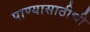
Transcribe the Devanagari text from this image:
पाण्यासाठीची